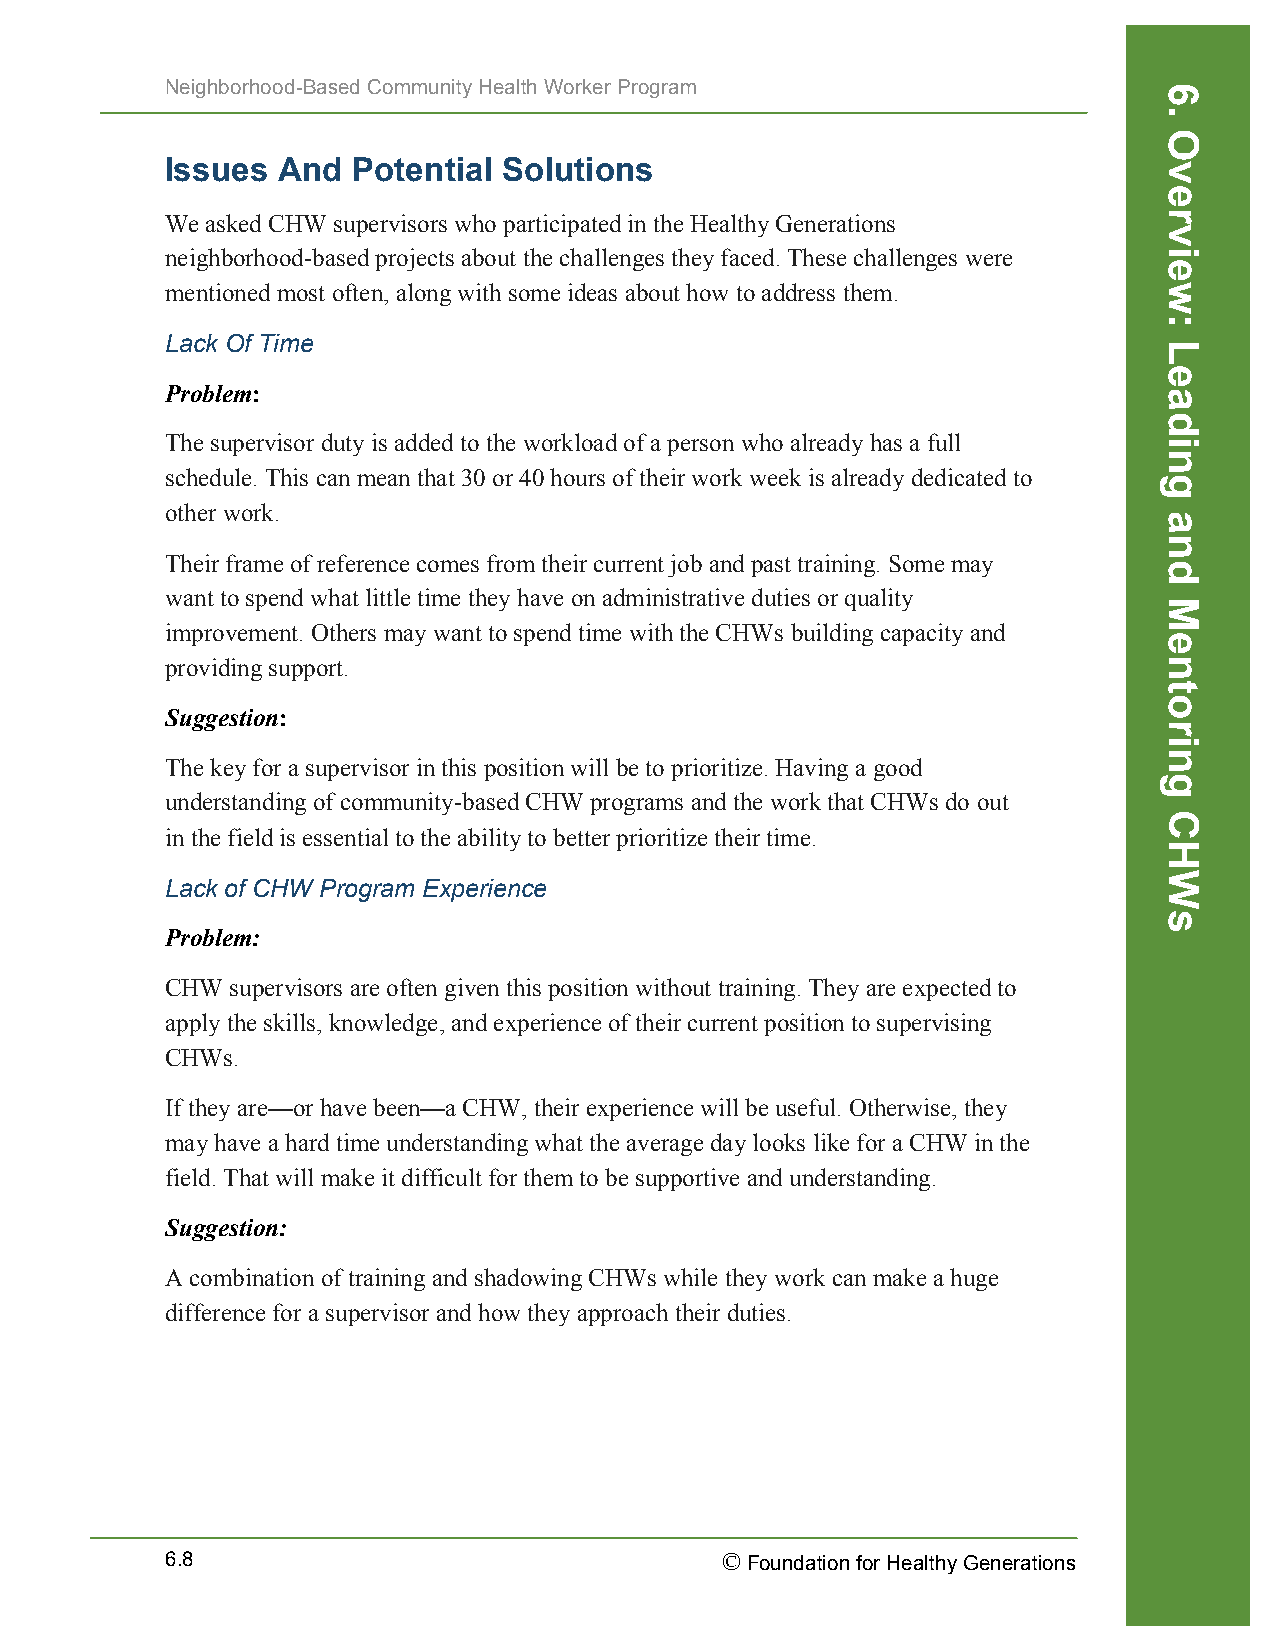
Neighborhood-Based Community Health Worker Program
 Issues And  Potential Solutions
 We asked CHW supervisors who participated in the Healthy Generations
 neighborhood-based projects about the challenges they faced. These challenges were
 mentioned most often, along with some ideas about how to address them.
 Lack Of Time
 Problem:
 The supervisor duty is added to the workload of a person who already has a full
 schedule. This can mean that 30 or 40 hours of their work week is already dedicated to
 other work.
 Their frame of reference comes from their current job and past training. Some may
 want to spend what little time they have on administrative duties or quality
 improvement. Others may want to spend time with the CHWs building capacity and
 providing support.
 Suggestion:
 The key for a supervisor in this position will be to prioritize. Having a good
 understanding of community-based CHW programs and the work that CHWs do out
 in the field is essential to the ability to better prioritize their time.
 Lack of CHW Program Experience
 Problem:
 CHW supervisors are often given this position without training. They are expected to
 apply the skills, knowledge, and experience of their current position to supervising
 CHWs.
 If they are—or have been—a CHW, their experience will be useful. Otherwise, they
 may have a hard time understanding what the average day looks like for a CHW in the
 field. That will make it difficult for them to be supportive and understanding.
 Suggestion:
 A combination of training and shadowing CHWs while they work can make a huge
 difference for a supervisor and how they approach their duties.
 6.8                                  © Foundation for Healthy Generations
 6.
 Overview:
 Leading
 and
 Mentoring
 CHWs